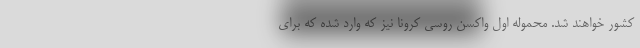
کشور خواهند شد. محموله اول واکسن روسی کرونا نیز که وارد شده که برای